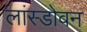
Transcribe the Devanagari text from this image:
लांस्डोवन